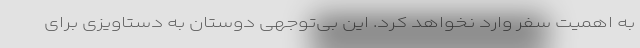
به اهمیت سفر وارد نخواهد کرد. این بی‌توجهی دوستان به دستاویزی برای